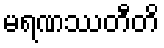
မရဏဿတီတိ